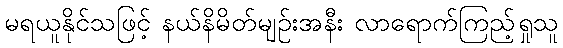
မရယူနိုင်သဖြင့် နယ်နိမိတ်မျဉ်းအနီး လာရောက်ကြည့်ရှုသူ